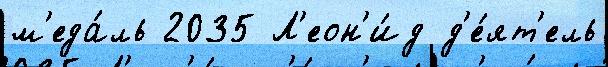
м'еда́ль 2035 Л'еон'и́д д'е́ят'ель